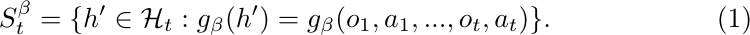
\begin{equation}
    S^\beta_t=\{h'\in\mathcal{H}_t : g_\beta(h')=g_\beta(o_1,a_1,...,o_t,a_t)\}.
\end{equation}